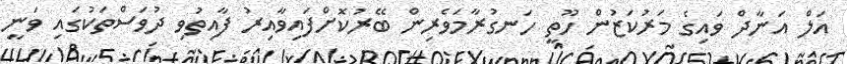
އަލް އަނާދް ވައިގެ މަރުކަޒުން ހޫތީ ހަނގުރާމަވެރިން ބޭރުކޮށްފައިވާއިރު ފާއިތުވި ދުވަސްތަކުގައި ވަނީ